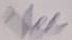
Text: VCC